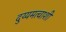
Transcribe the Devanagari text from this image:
दुय्यमत्वाशी